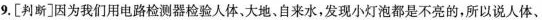
9.[判断]因为我们用电路检测器检验人体，大地、自来水，发现小灯泡都是不亮的，所以说人体、